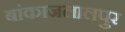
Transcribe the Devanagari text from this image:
बांकाजलालपुर